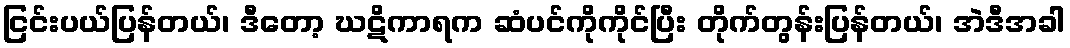
ငြင်းပယ်ပြန်တယ်၊ ဒီတော့ ဃဋိကာရက ဆံပင်ကိုကိုင်ပြီး တိုက်တွန်းပြန်တယ်၊ အဲဒီအခါ